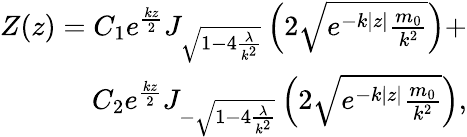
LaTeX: \begin{array}{r}{Z(z)=C_{1}e^{\frac{kz}{2}}J_{\sqrt{1-4\frac{\lambda}{k^{2}}}}\left(2\sqrt{e^{-k|z|}\frac{{m_{0}}}{k^{2}}}\right)+}\\ {C_{2}e^{\frac{kz}{2}}J_{-\sqrt{1-4\frac{\lambda}{k^{2}}}}\left(2\sqrt{e^{-k|z|}\frac{{m_{0}}}{k^{2}}}\right),}\end{array}